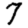
Digit: 7